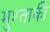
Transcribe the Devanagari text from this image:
मुश्ताकी